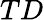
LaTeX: TD